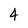
Character: 4